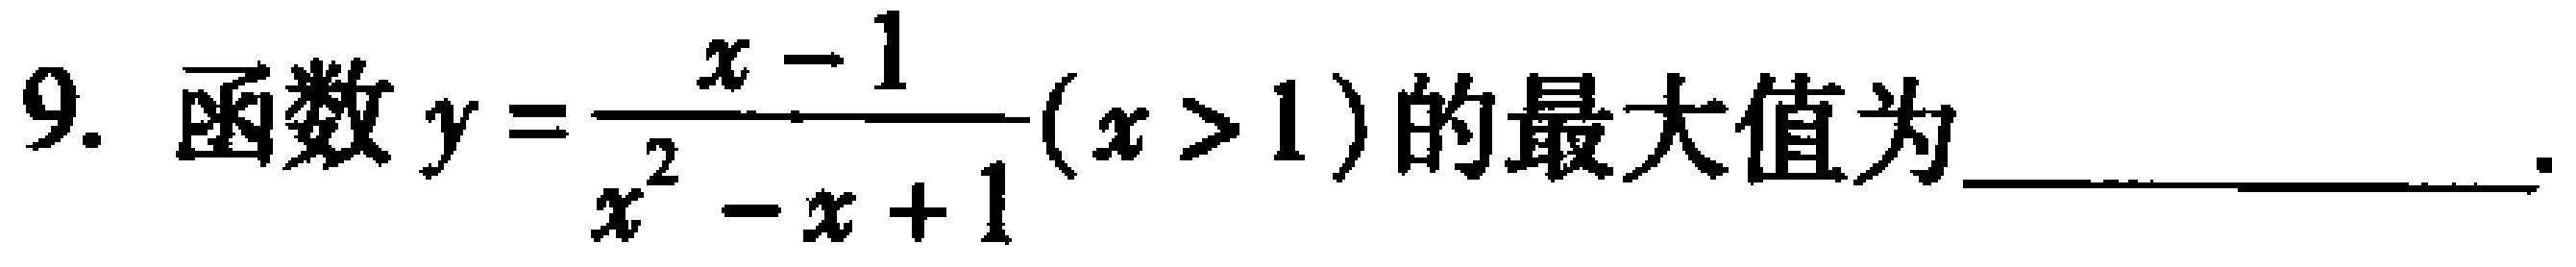
9. 函数$y = \dfrac{x - 1}{x^{2} - x + 1}(x > 1)$的最大值为___.